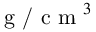
\textrm { g / c m } ^ { 3 }